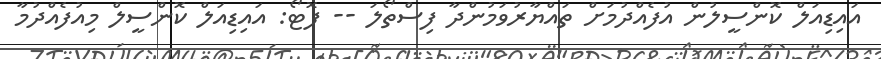
އައިޑިއަލް ކޮންސީލުން އުފެއްދުމަށް ތައްޔާރުވަމުންދާ ފިސްތޯލަ -- ފޮޓޯ: އައިޑިއަލް ކޮންސީލް މިއުފެއްދުމާ